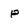
Character: p